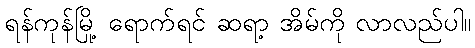
ရန်ကုန်မြို့ ရောက်ရင် ဆရာ့ အိမ်ကို လာလည်ပါ။